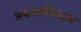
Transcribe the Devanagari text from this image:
अफघानिस्तान